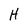
Character: H